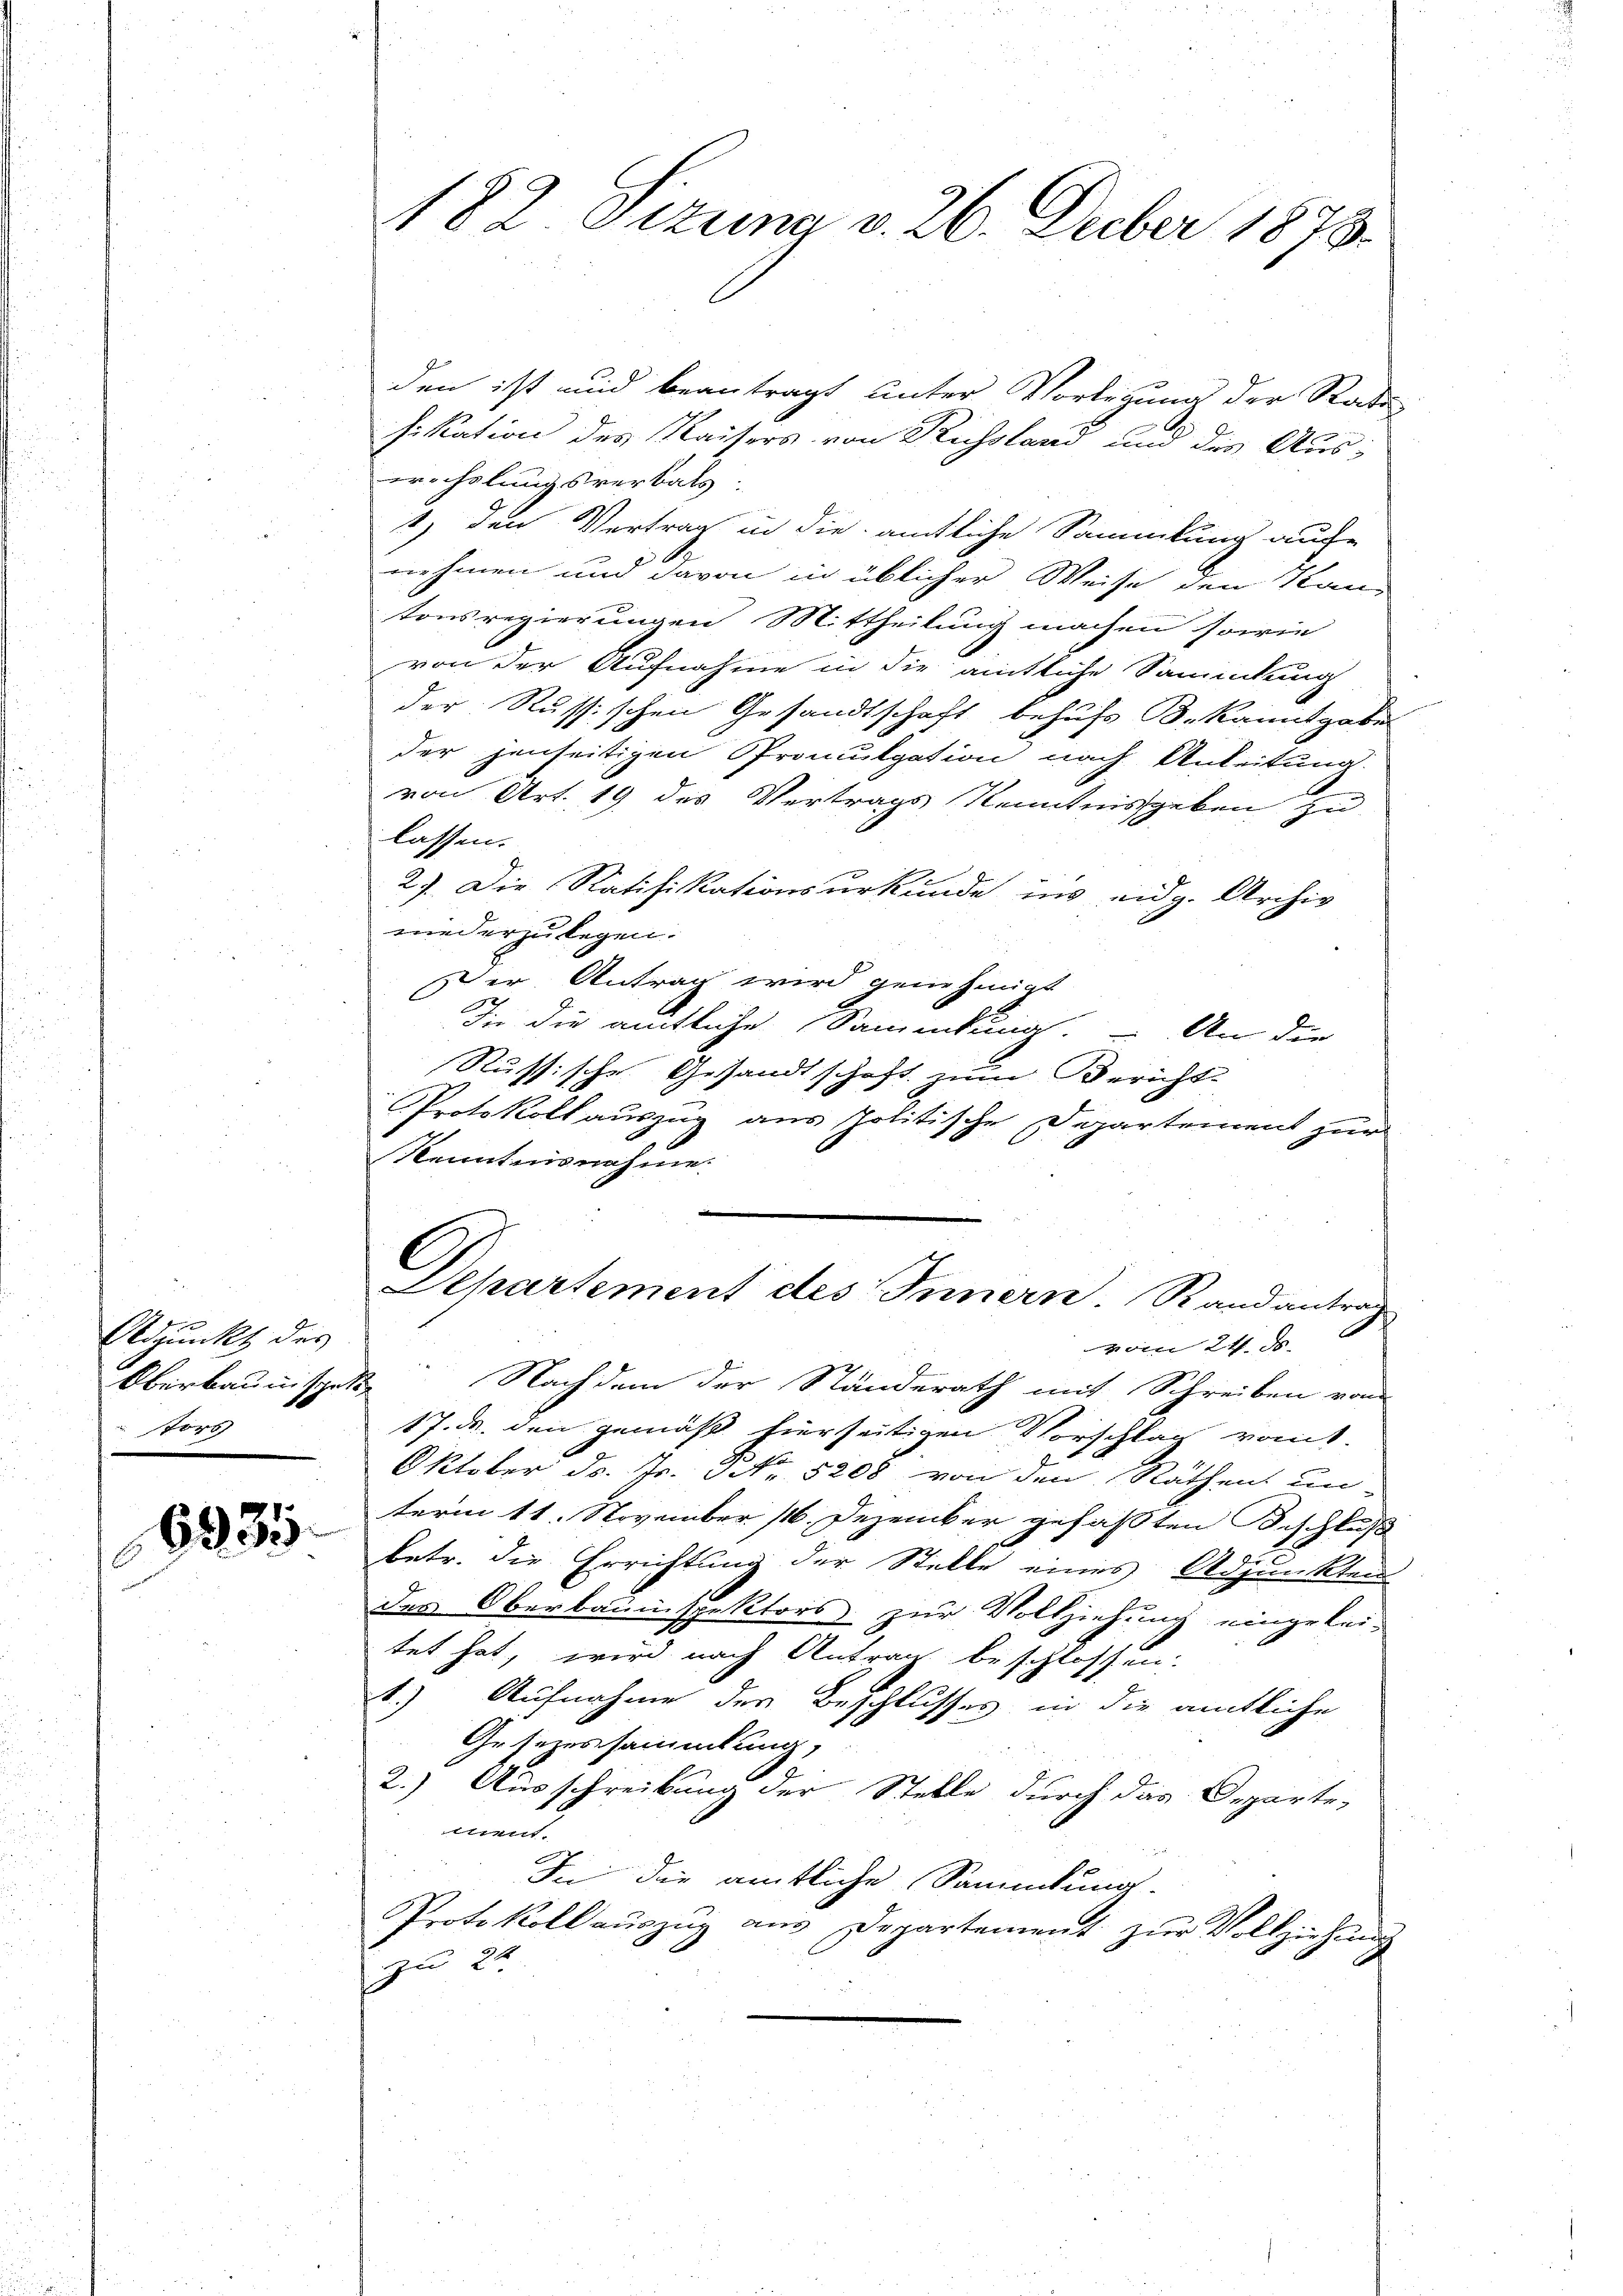
Adjunkt des
 stor

6335

182 Sizung v. 26. Feber 1873.

den ist und beantragt unter Vorlegung der Rade
fikation des Kaisers von Russland und des Auswechslungsverbals
1) den Vertrag in die ämtliche Sammlung auche
nehmen und davon in üblicher Weise den Kantonsregierungen Mittheilung machen sowie
von der Aufnahme in die amtliche Sammlung
der Russischen Gesandtschaft behufs B. kanntgabe
der jenseitigen Promulgation nach Anleitung
von Art. 19 des Vertrags Kenntnisgeben zu
lassen.
2). Die Ratifikationsurkunde ins eidg. Archiv
niederzulegen.
Der Antrag wird genehmigt
die die amtliche Sammlung. – An die
Russische Gesandtschaft zum Bericht-
Protokoll auszug aus politische Departement zur
Kenntnisnahme.
C
Departement des Innern. Randantrag
von 24. d.
Oberbaunischen Nachdem der Ständerath mit Schreiben vom
17. ds. den gemäß hierseitigen Vorschlag ront.
Oktober ds. Jr. 3 No 5208 von den Räthen un-
term 11. November 116. Dezember gefaßten Beschluß
betr. die Errichtung der Stelle eines Adjunkten
des Oberbauinspektors zur Vollziehung eingeleitet hat, wird nach Antrag beschlossen:
t.) Aufnahme des Beschlusses in die amtliche
Gesezessammlung,
2.) Ausschreibung der Stelle durch das Departe-
t
In die amtliche Sammlung.
Protokoll aŭszŭg aŭs Departement zŭr Vollziehung
zu 20.